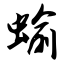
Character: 蝓